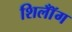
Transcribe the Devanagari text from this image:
शिलॉँग